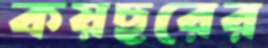
কয়ছরের